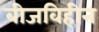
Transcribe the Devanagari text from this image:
बीजविहीन